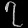
Digit: ၇